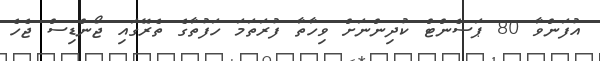
އުފަންވާ 80 ޕަސެންޓް ކުދިންނަށް ވިހާތާ ފުރަތަމަ ހަފުތާގެ ތެރޭގައި ޖޯންޑިސް ޖެހެ